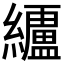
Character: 𮉗